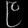
Digit: ၉